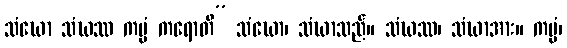
သံဃော သံဃဿ ကမ္မံ ကရောတိ” သံဃော၊ သံဃာသည်။ သံဃဿ၊ သံဃာအား။ ကမ္မံ၊